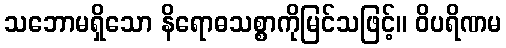
သဘောမရှိသော နိရောဓသစ္စာကိုမြင်သဖြင့်။ ဝိပရိဏမ